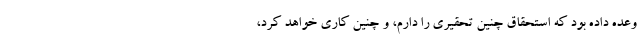
وعده داده بود که استحقاق چنین تحقیری را دارم، و چنین کاری خواهد کرد،